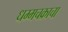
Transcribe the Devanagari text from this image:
धम्मचक्राचा